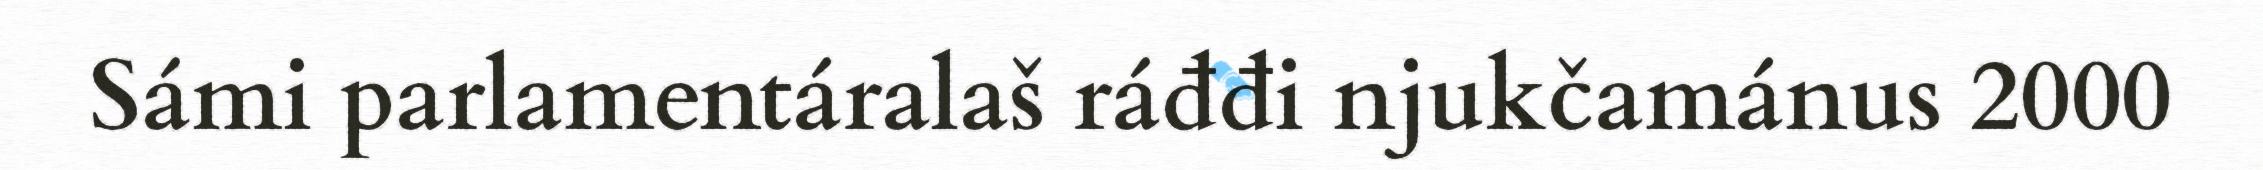
Sámi parlamentáralaš ráđđi njukčamánus 2000